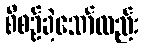
စီစဉ်ခဲ့သော်လည်း